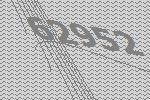
62952